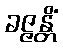
ခဇ္ဇန္တိံ